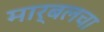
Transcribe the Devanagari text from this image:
मार्बलचा